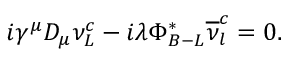
i \gamma ^ { \mu } D _ { \mu } \nu _ { L } ^ { c } - i \lambda \Phi _ { B - L } ^ { * } \overline { { { \nu } } } _ { l } ^ { c } = 0 .